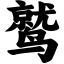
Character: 鹫